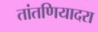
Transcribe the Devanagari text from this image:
तांतणियादरा